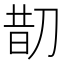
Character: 𠝖